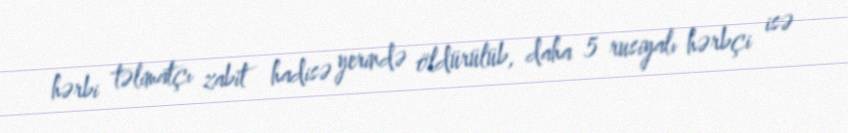
hərbi təlimatçı zabit hadisə yerində öldürülüb, daha 5 rusiyalı hərbçi isə